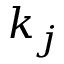
k _ { j }